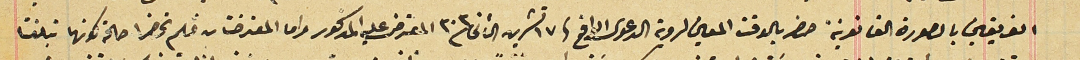
الفريقين بالصورة القانونية حضر بالوقت المعين لروية الدعوى الواقع فى١٧ تشرين الثانى /٣٠٣ المعترض عليه المذكور واما المعترضتان فلم تحضرا حالة كونهما تبلغتا